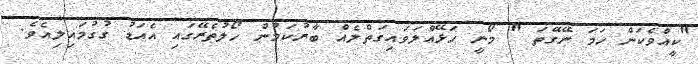
"ކީއްވެކަން ހަމަ ނޭގޭތަ " މޯނީ ހަޅޭއްލަވައިގަތްލެއް ބާރުކަމުން ހޯލުތެރޭގައި އެއަޑު ގުގުމައިލިއެވެ.